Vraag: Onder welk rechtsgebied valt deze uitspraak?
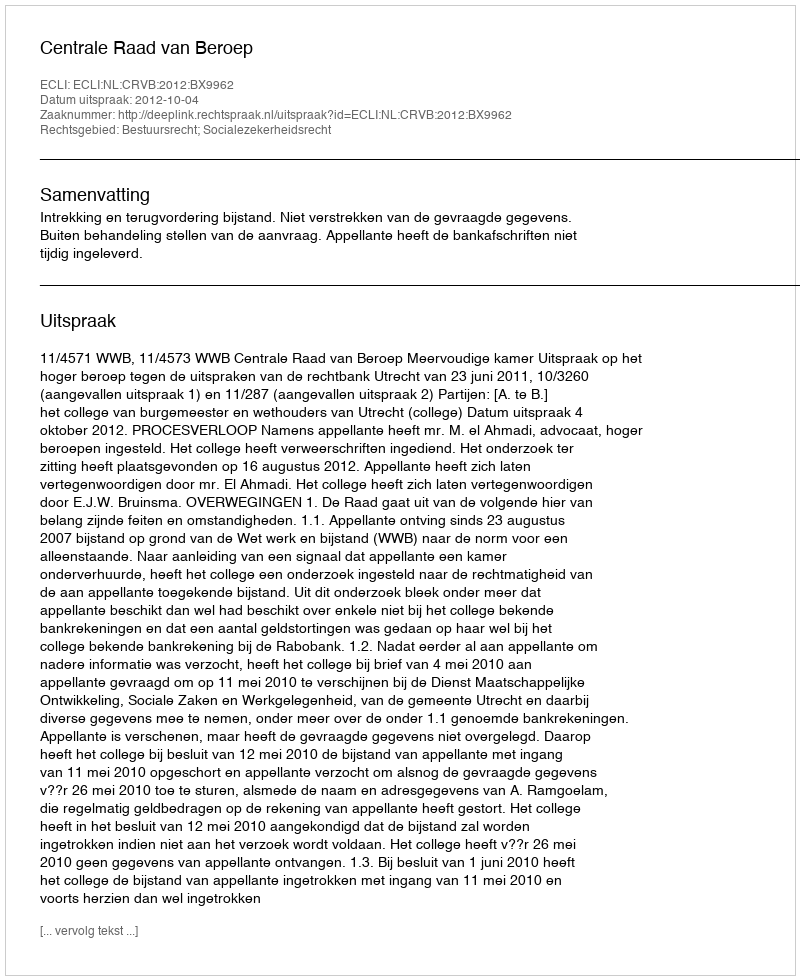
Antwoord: Bestuursrecht; Socialezekerheidsrecht